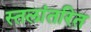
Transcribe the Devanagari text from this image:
स्तलांतरित